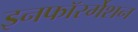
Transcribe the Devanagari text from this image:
इनफॉरर्मेशन